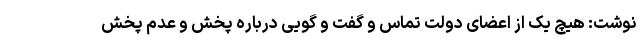
نوشت: هیچ یک از اعضای دولت تماس و گفت و گویی درباره پخش و عدم پخش